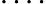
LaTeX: ....